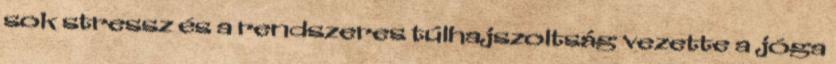
sok stressz és a rendszeres túlhajszoltság vezette a jóga